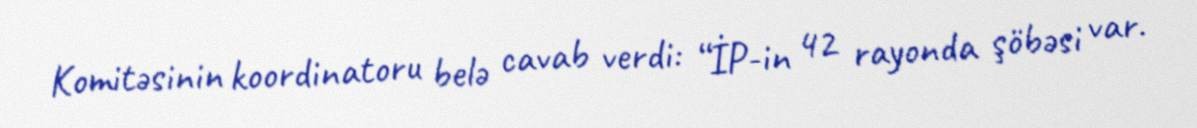
Komitəsinin koordinatoru belə cavab verdi: “İP-in 42 rayonda şöbəsi var.